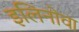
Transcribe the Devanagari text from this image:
इलिनोवा